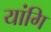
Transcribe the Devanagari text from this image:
यांगि